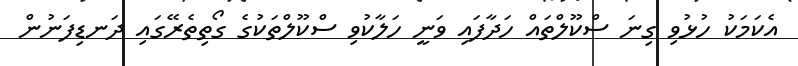
އެކަމަކު ހުޅުވި ގިނަ ސްކޫލްތައް ހަދާފައި ވަނީ ހަލާކުވި ސްކޫލްތަކުގެ ގޯތިތެރޭގައި ދަނޑިފަނުން